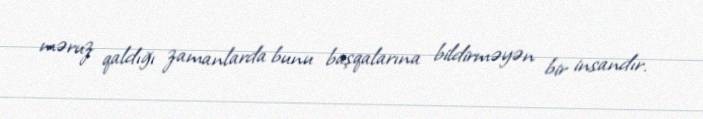
məruz qaldığı zamanlarda bunu başqalarına bildirməyən bir insandır.